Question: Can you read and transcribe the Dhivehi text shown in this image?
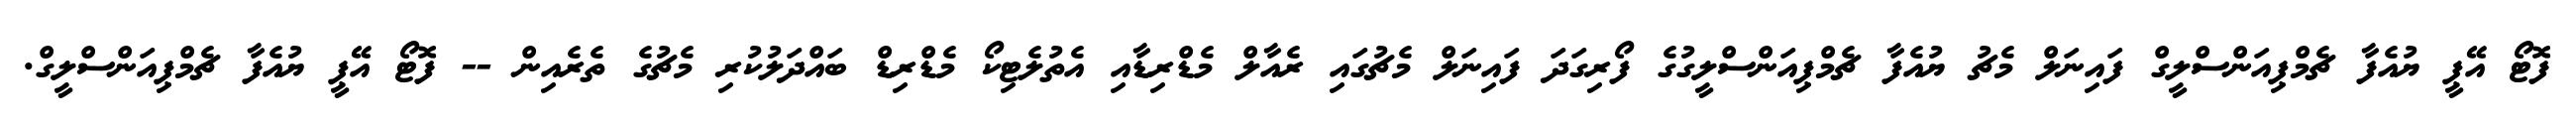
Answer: ފޮޓޯ އޭޕީ ޔުއެފާ ޗެމްޕިއަންސްލީގް ފައިނަލް މެޗު ޔުއެފާ ޗެމްޕިއަންސްލީގުގެ ފޯރިގަދަ ފައިނަލް މެޗުގައި ރެއާލް މެޑްރިޑާއި އެތުލެޓިކޯ މެޑްރިޑް ބައްދަލުކުރި މެޗުގެ ތެރެއިން -- ފޮޓޯ އޭޕީ ޔުއެފާ ޗެމްޕިއަންސްލީގް.